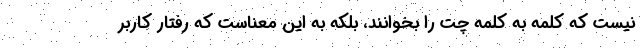
نیست که کلمه به کلمه چت را بخوانند، بلکه به این معناست که رفتار کاربر